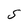
Character: S